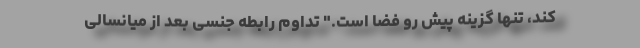
کند، تنها گزینه پیش رو فضا است." تداوم رابطه جنسی بعد از میانسالی